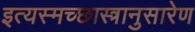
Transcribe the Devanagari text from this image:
इत्यस्मच्छास्त्रानुसारेण